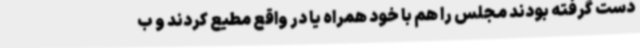
دست گرفته بودند مجلس را هم با خود همراه یا در واقع مطیع کردند و ب